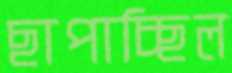
ছাপাচ্ছিল